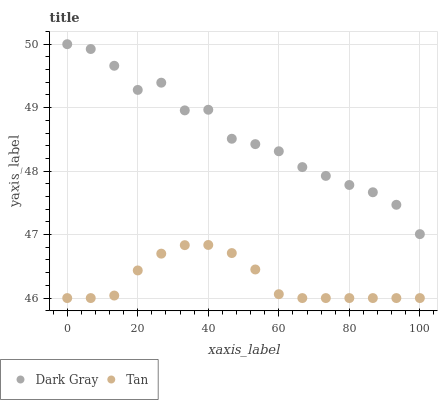
| xaxis_label | Dark Gray | Tan |
 | --- | --- | --- |
 | 0 | 50 | 46 |
 | 6.67 | 49.9 | 46 |
 | 13.3 | 49.7 | 46 |
 | 20 | 49.3 | 46.4 |
 | 26.7 | 49.4 | 46.7 |
 | 33.3 | 49 | 46.8 |
 | 40 | 49 | 46.8 |
 | 46.7 | 48.5 | 46.7 |
 | 53.3 | 48.4 | 46.5 |
 | 60 | 48.3 | 46.1 |
 | 66.7 | 48.1 | 46 |
 | 73.3 | 47.9 | 46 |
 | 80 | 47.8 | 46 |
 | 86.7 | 47.7 | 46 |
 | 93.3 | 47.5 | 46 |
 | 100 | 47 | 46 |